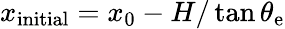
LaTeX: x_{\mathrm{{initial}}}=x_{0}-H/\tan\theta_{\mathrm{{e}}}